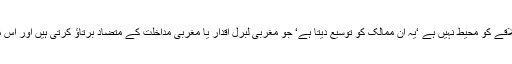
ایک غیر ملکی پالیسی کے طور پردیکھیں تو یوروشینزم ‘ روس ایک علاقے کو محیط نہیں ہے ‘یہ ان ممالک کو توسیع دیتا ہے‘ جو مغربی لبرل اقدار یا مغربی مداخلت کے متضاد برتاؤ کرتی ہیں اور اس میں یورپی ممالک بھی شامل ہیں ‘جن میں جسمانی رجحانات موجود ہیں۔